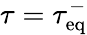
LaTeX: \tau=\tau_{\mathrm{eq}}^{-}